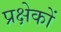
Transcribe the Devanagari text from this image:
प्रक्षेकों